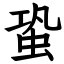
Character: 蛩